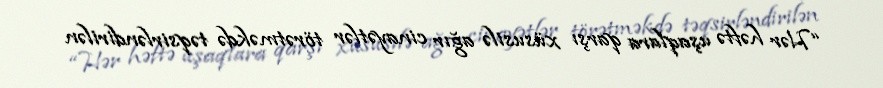
“Hər həftə uşaqlara qarşı xüsusilə ağır cinayətlər törətməkdə təqsirləndirilən